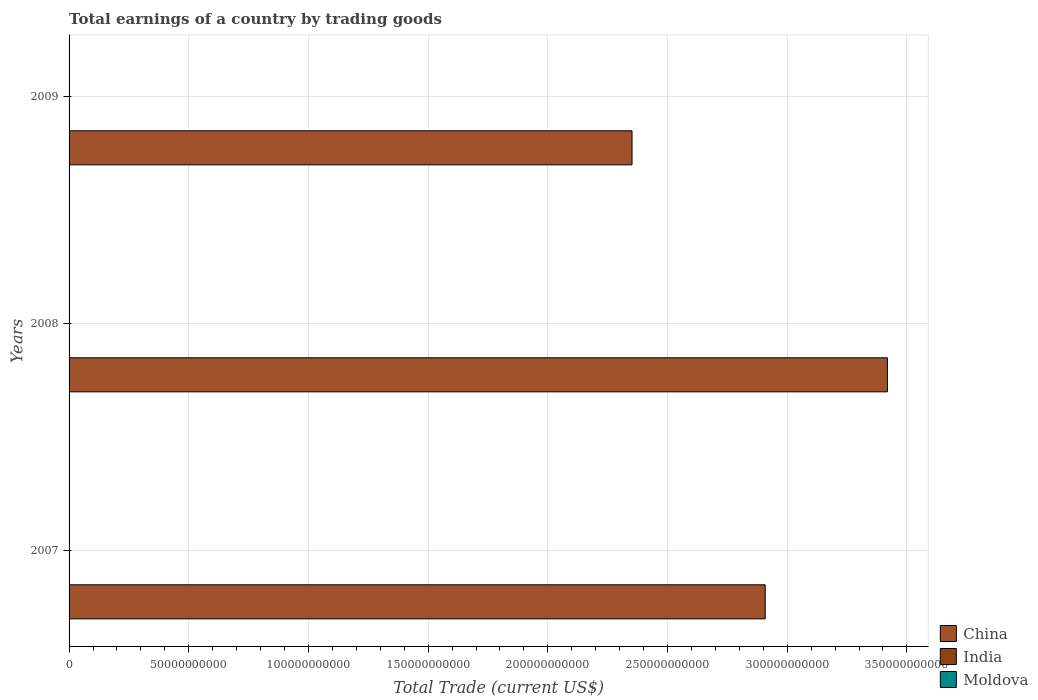
| Years | China | India | Moldova |
 | --- | --- | --- | --- |
 | 2007 | 2.91e+11 | -5.51e+10 | -2.38e+09 |
 | 2008 | 3.42e+11 | -9.27e+10 | -3.35e+09 |
 | 2009 | 2.35e+11 | -8e+10 | -2.06e+09 |